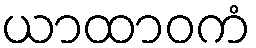
ယာထာဝကံ